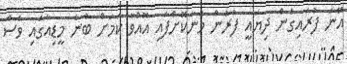
އޭނަ ފުރައިގެން ދިޔައީ ފުރުން މަނާކޮށްފައި އޮއްވާ ކަމަށް ބުނެ މީޑިއާގައި ވެސް